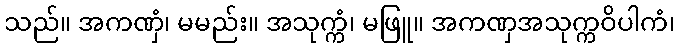
သည်။ အကဏှံ၊ မမည်း။ အသုက္ကံ၊ မဖြူ။ အကဏှအသုက္ကဝိပါကံ၊